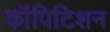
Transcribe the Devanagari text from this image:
कॉपिटिशन